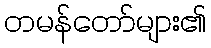
တမန်တော်များ၏